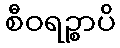
စီဝရဉ္စာပိ